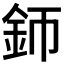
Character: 𨥚